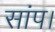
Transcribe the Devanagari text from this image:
सांप।